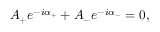
A _ { + } e ^ { - i \alpha _ { + } } + A _ { - } e ^ { - i \alpha _ { - } } = 0 ,